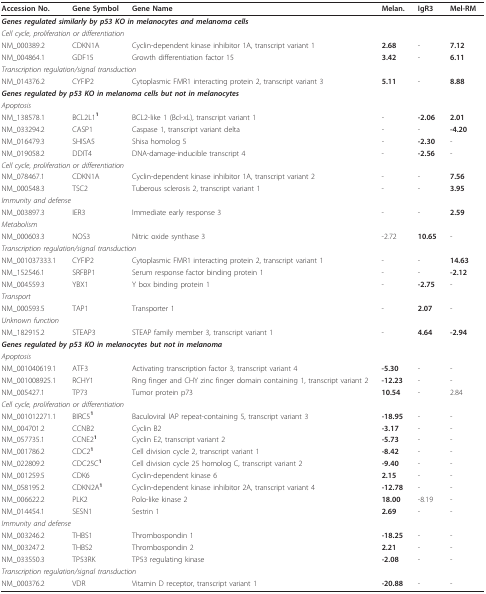
<table><thead><tr><td><b>Accession No.</b></td><td><b>Gene Symbol</b></td><td><b>Gene Name</b></td><td><b>Melan.</b></td><td><b>IgR3</b></td><td><b>Mel-RM</b></td></tr></thead><tbody><tr><td colspan="3"><i><b>Genes regulated similarly by p53 KO in melanocytes and melanoma cells</b></i></td><td></td><td></td><td></td></tr><tr><td colspan="3"><i>Cell cycle, proliferation or differentiation</i></td><td></td><td></td><td></td></tr><tr><td>NM_000389.2</td><td>CDKN1A</td><td>Cyclin-dependent kinase inhibitor 1A, transcript variant 1</td><td><b>2.68</b></td><td>-</td><td><b>7.12</b></td></tr><tr><td>NM_004864.1</td><td>GDF15</td><td>Growth differentiation factor 15</td><td><b>3.42</b></td><td>-</td><td><b>6.11</b></td></tr><tr><td colspan="3"><i>Transcription regulation/signal transduction</i></td><td></td><td></td><td></td></tr><tr><td>NM_014376.2</td><td>CYFIP2</td><td>Cytoplasmic FMR1 interacting protein 2, transcript variant 3</td><td><b>5.11</b></td><td>-</td><td><b>8.88</b></td></tr><tr><td colspan="3"><i><b>Genes regulated by p53 KO in melanoma cells but not in melanocytes</b></i></td><td></td><td></td><td></td></tr><tr><td><i>Apoptosis</i></td><td></td><td></td><td></td><td></td><td></td></tr><tr><td>NM_138578.1</td><td>BCL2L1<b><sup>1</sup></b></td><td>BCL2-like 1 (Bcl-xL), transcript variant 1</td><td>-</td><td><b>-2.06</b></td><td><b>2.01</b></td></tr><tr><td>NM_033294.2</td><td>CASP1</td><td>Caspase 1, transcript variant delta</td><td>-</td><td>-</td><td><b>-4.20</b></td></tr><tr><td>NM_016479.3</td><td>SHISA5</td><td>Shisa homolog 5</td><td>-</td><td><b>-2.30</b></td><td>-</td></tr><tr><td>NM_019058.2</td><td>DDIT4</td><td>DNA-damage-inducible transcript 4</td><td>-</td><td><b>-2.56</b></td><td>-</td></tr><tr><td colspan="3"><i>Cell cycle, proliferation or differentiation</i></td><td></td><td></td><td></td></tr><tr><td>NM_078467.1</td><td>CDKN1A</td><td>Cyclin-dependent kinase inhibitor 1A, transcript variant 2</td><td>-</td><td>-</td><td><b>7.56</b></td></tr><tr><td>NM_000548.3</td><td>TSC2</td><td>Tuberous sclerosis 2, transcript variant 1</td><td>-</td><td>-</td><td><b>3.95</b></td></tr><tr><td colspan="2"><i>Immunity and defense</i></td><td></td><td></td><td></td><td></td></tr><tr><td>NM_003897.3</td><td>IER3</td><td>Immediate early response 3</td><td>-</td><td>-</td><td><b>2.59</b></td></tr><tr><td><i>Metabolism</i></td><td></td><td></td><td></td><td></td><td></td></tr><tr><td>NM_000603.3</td><td>NOS3</td><td>Nitric oxide synthase 3</td><td>-2.72</td><td><b>10.65</b></td><td>-</td></tr><tr><td colspan="3"><i>Transcription regulation/signal transduction</i></td><td></td><td></td><td></td></tr><tr><td>NM_001037333.1</td><td>CYFIP2</td><td>Cytoplasmic FMR1 interacting protein 2, transcript variant 1</td><td>-</td><td>-</td><td><b>14.63</b></td></tr><tr><td>NM_152546.1</td><td>SRFBP1</td><td>Serum response factor binding protein 1</td><td>-</td><td>-</td><td><b>-2.12</b></td></tr><tr><td>NM_004559.3</td><td>YBX1</td><td>Y box binding protein 1</td><td>-</td><td><b>-2.75</b></td><td>-</td></tr><tr><td><i>Transport</i></td><td></td><td></td><td></td><td></td><td></td></tr><tr><td>NM_000593.5</td><td>TAP1</td><td>Transporter 1</td><td>-</td><td><b>2.07</b></td><td>-</td></tr><tr><td><i>Unknown function</i></td><td></td><td></td><td></td><td></td><td></td></tr><tr><td>NM_182915.2</td><td>STEAP3</td><td>STEAP family member 3, transcript variant 1</td><td>-</td><td><b>4.64</b></td><td><b>-2.94</b></td></tr><tr><td colspan="3"><i><b>Genes regulated by p53 KO in melanocytes but not in melanoma</b></i></td><td></td><td></td><td></td></tr><tr><td><i>Apoptosis</i></td><td></td><td></td><td></td><td></td><td></td></tr><tr><td>NM_001040619.1</td><td>ATF3</td><td>Activating transcription factor 3, transcript variant 4</td><td><b>-5.30</b></td><td>-</td><td>-</td></tr><tr><td>NM_001008925.1</td><td>RCHY1</td><td>Ring finger and CHY zinc finger domain containing 1, transcript variant 2</td><td><b>-12.23</b></td><td>-</td><td>-</td></tr><tr><td>NM_005427.1</td><td>TP73</td><td>Tumor protein p73</td><td><b>10.54</b></td><td>-</td><td>2.84</td></tr><tr><td colspan="3"><i>Cell cycle, proliferation or differentiation</i></td><td></td><td></td><td></td></tr><tr><td>NM_001012271.1</td><td>BIRC5<b><sup>1</sup></b></td><td>Baculoviral IAP repeat-containing 5, transcript variant 3</td><td><b>-18.95</b></td><td>-</td><td>-</td></tr><tr><td>NM_004701.2</td><td>CCNB2</td><td>Cyclin B2</td><td><b>-3.17</b></td><td>-</td><td>-</td></tr><tr><td>NM_057735.1</td><td>CCNE2<b><sup>1</sup></b></td><td>Cyclin E2, transcript variant 2</td><td><b>-5.73</b></td><td>-</td><td>-</td></tr><tr><td>NM_001786.2</td><td>CDC2<b><sup>1</sup></b></td><td>Cell division cycle 2, transcript variant 1</td><td><b>-8.42</b></td><td>-</td><td>-</td></tr><tr><td>NM_022809.2</td><td>CDC25C<b><sup>1</sup></b></td><td>Cell division cycle 25 homolog C, transcript variant 2</td><td><b>-9.40</b></td><td>-</td><td>-</td></tr><tr><td>NM_001259.5</td><td>CDK6</td><td>Cyclin-dependent kinase 6</td><td><b>2.15</b></td><td>-</td><td>-</td></tr><tr><td>NM_058195.2</td><td>CDKN2A<b><sup>1</sup></b></td><td>Cyclin-dependent kinase inhibitor 2A, transcript variant 4</td><td><b>-12.78</b></td><td>-</td><td>-</td></tr><tr><td>NM_006622.2</td><td>PLK2</td><td>Polo-like kinase 2</td><td><b>18.00</b></td><td>-8.19</td><td>-</td></tr><tr><td>NM_014454.1</td><td>SESN1</td><td>Sestrin 1</td><td><b>2.69</b></td><td>-</td><td>-</td></tr><tr><td colspan="2"><i>Immunity and defense</i></td><td></td><td></td><td></td><td></td></tr><tr><td>NM_003246.2</td><td>THBS1</td><td>Thrombospondin 1</td><td><b>-18.25</b></td><td>-</td><td>-</td></tr><tr><td>NM_003247.2</td><td>THBS2</td><td>Thrombospondin 2</td><td><b>2.21</b></td><td>-</td><td>-</td></tr><tr><td>NM_033550.3</td><td>TP53RK</td><td>TP53 regulating kinase</td><td><b>-2.08</b></td><td>-</td><td>-</td></tr><tr><td colspan="3"><i>Transcription regulation/signal transduction</i></td><td></td><td></td><td></td></tr><tr><td>NM_000376.2</td><td>VDR</td><td>Vitamin D receptor, transcript variant 1</td><td><b>-20.88</b></td><td>-</td><td>-</td></tr></tbody></table>